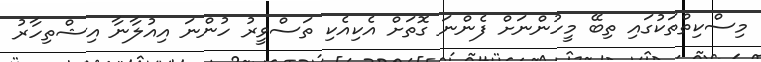
މިސްކިތްތަކުގައި ތިބޭ މީހުންނަށް ފެންނަ ގޮތަށް އެކިއެކި ތަސްވީރު ހުންނަ އިއުލާނާ އިޝްތިހާރު